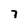
Character: 7